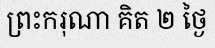
ព្រះករុណា គិត ២ ថ្ងៃ